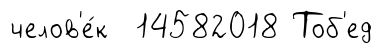
челов'е́к 14582018 Тоб'ед